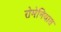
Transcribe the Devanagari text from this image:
रोमेनियात